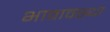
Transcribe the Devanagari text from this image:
भावावस्था